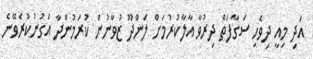
އަދި މިއީ ދިވެހި ސަގާފަތް ދިރުވާ އާލާކުރުމަށް ލަންދޫ ޒުވާނުން ކުރަމުންދާ އަގުނުކުރެވޭނެ